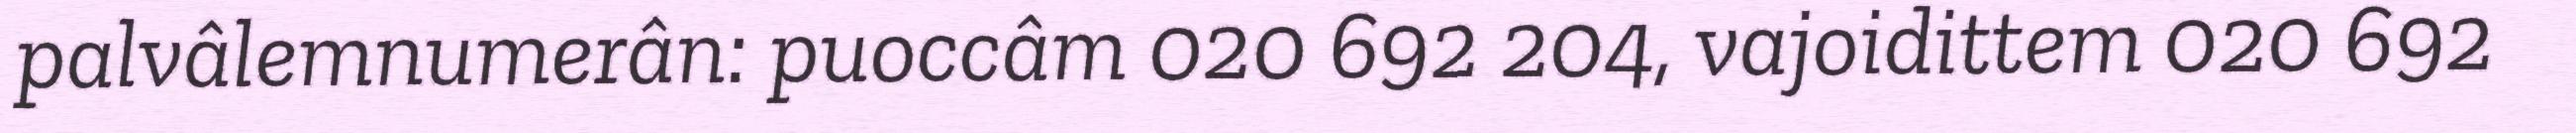
palvâlemnumerân: puoccâm 020 692 204, vajoidittem 020 692